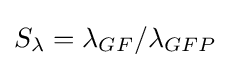
S_{\lambda }=\lambda _{GF}/\lambda _{GFP}